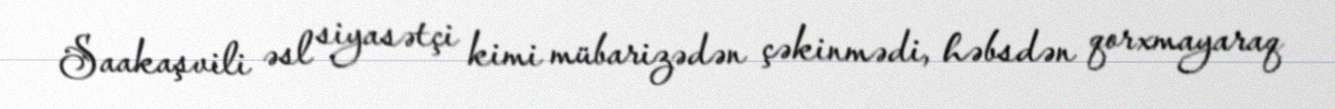
Saakaşvili əsl siyasətçi kimi mübarizədən çəkinmədi, həbsdən qorxmayaraq